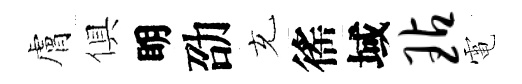
膚俱眀劭充徭域玷電